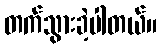
တက်သွားခဲ့ပါတယ်။